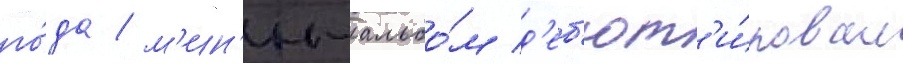
го́да / м'ин'и-альбо́м д'еб'ют'и́ровал